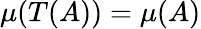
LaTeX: \mu(T(A))=\mu(A)